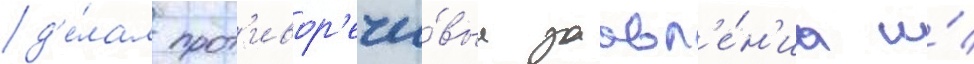
д'е́лал прот'ивор'ечи́вые заавл'е́н'иа и́